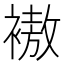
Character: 𲀿